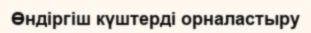
Өндіргіш күштерді орналастыру